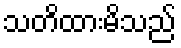
သတိထားမိသည်